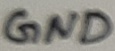
Text: GND